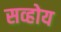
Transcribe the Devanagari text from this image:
सव्होय